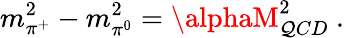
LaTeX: m_{\pi^{+}}^{2}-m_{\pi^{0}}^{2}=\alphaM_{\mathcal{Q}CD}^{2}~.